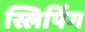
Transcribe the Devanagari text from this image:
स्लिपिंग